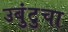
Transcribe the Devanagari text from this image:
उबुंटुचा